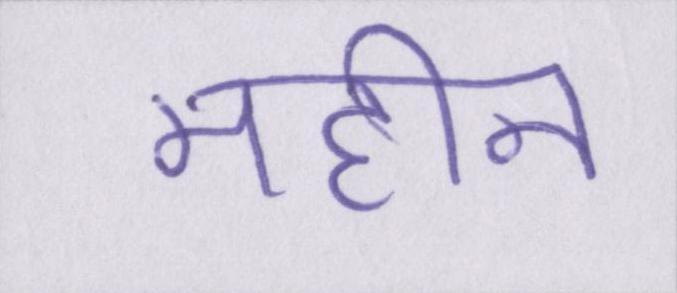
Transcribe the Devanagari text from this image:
महीन